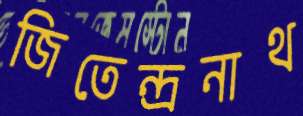
জিতেন্দ্রনাথ